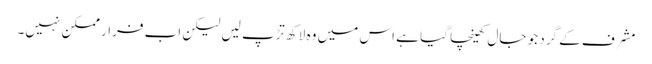
مشرف کے گرد جو جال کھینچا گیا ہے اس میں وہ لاکھ تڑپ لیں لیکن اب فرار ممکن نہیں۔